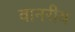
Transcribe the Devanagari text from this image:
वानरीय